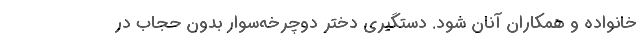
خانواده و همکاران آنان شود. دستگیری دختر دوچرخه‌سوار بدون حجاب در